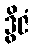
ဒွိဇံ